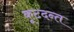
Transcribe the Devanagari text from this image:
कूटदन्त